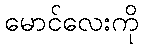
မောင်လေးကို